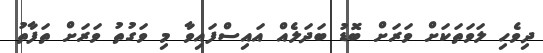
ދިވެހި ލަވަތަކަށް ވަރަށް ބޮޑު ބަދަލެއް އައިސްފައިވާ މި ވަގުތު ވަރަށް ތަފާތު